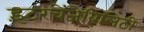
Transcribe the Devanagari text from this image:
इंटरचेंजेबिलिटी